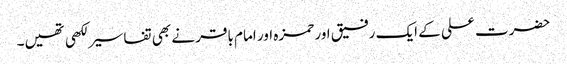
حضرت علی کے ایک رفیق اور حمزہ اور امام باقر نے بھی تفاسیر لکھی تھیں۔